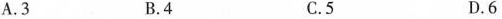
A.3 B.4 C.5 D.6